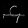
Digit: ၄